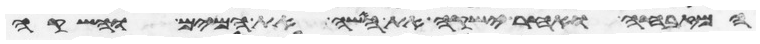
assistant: המזבחה ואחר ישקה את האשה את המים והשקה